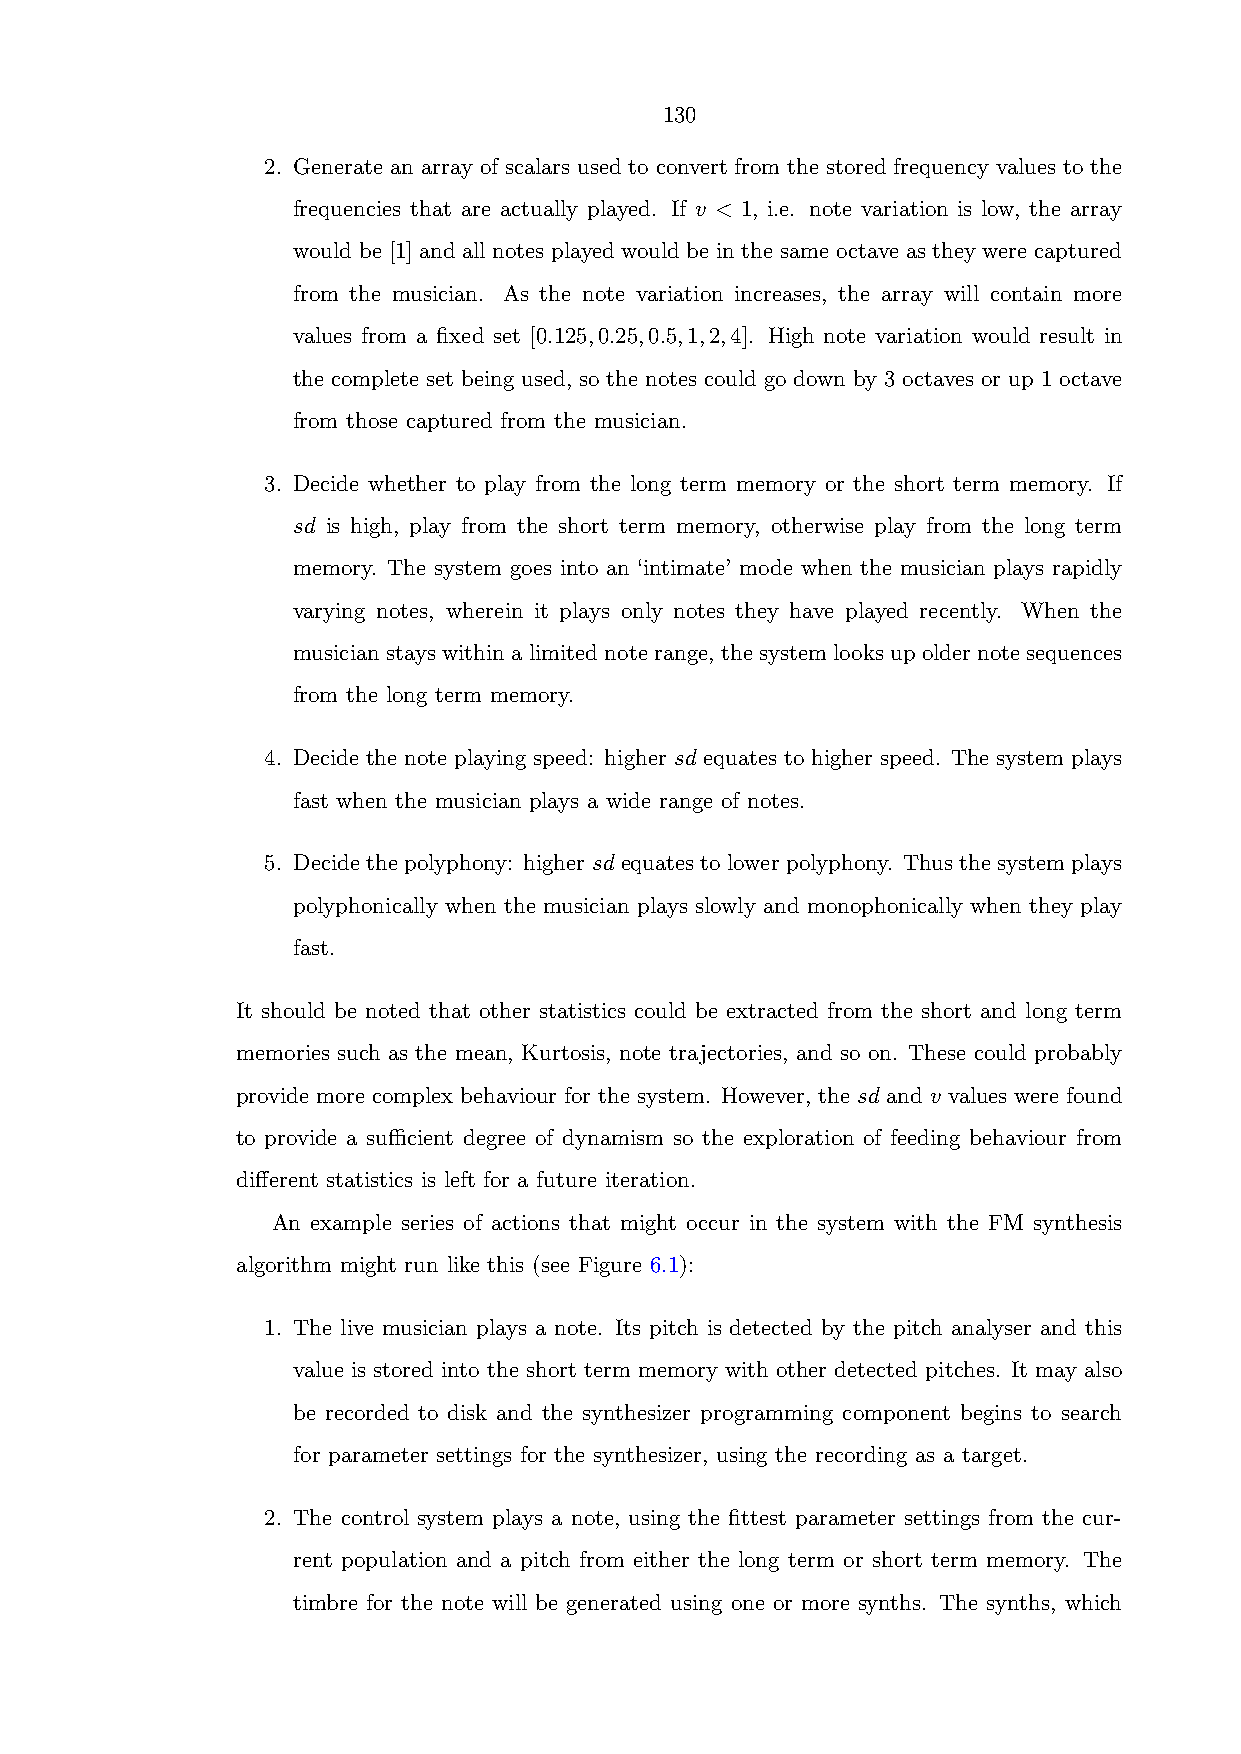
130
 2. Generate an array of scalars used to convert from the stored frequency values to the
 frequencies that are actually played. If v < 1, i.e. note variation is low, the array
 would be [1] and all notes played would be in the same octave as they were captured
 from the musician. As the note variation increases, the array will contain more
 values from a fixed set [0.125,0.25,0.5,1,2,4]. High note variation would result in
 the complete set being used, so the notes could go down by 3 octaves or up 1 octave
 from those captured from the musician.
 3. Decide whether to play from the long term memory or the short term memory. If
 sd is high, play from the short term memory, otherwise play from the long term
 memory. The system goes into an ‘intimate’ mode when the musician plays rapidly
 varying notes, wherein it plays only notes they have played recently. When the
 musician stays within a limited note range, the system looks up older note sequences
 from the long term memory.
 4. Decide the note playing speed: higher sd equates to higher speed. The system plays
 fast when the musician plays a wide range of notes.
 5. Decide the polyphony: higher sd equates to lower polyphony. Thus the system plays
 polyphonically when the musician plays slowly and monophonically when they play
 fast.
 It should be noted that other statistics could be extracted from the short and long term
 memories such as the mean, Kurtosis, note trajectories, and so on. These could probably
 provide more complex behaviour for the system. However, the sd and v values were found
 to provide a sufficient degree of dynamism so the exploration of feeding behaviour from
 different statistics is left for a future iteration.
 An example series of actions that might occur in the system with the FM synthesis
 algorithm might run like this (see Figure 6.1):
 1. The live musician plays a note. Its pitch is detected by the pitch analyser and this
 value is stored into the short term memory with other detected pitches. It may also
 be recorded to disk and the synthesizer programming component begins to search
 for parameter settings for the synthesizer, using the recording as a target.
 2. The control system plays a note, using the fittest parameter settings from the cur-
 rent population and a pitch from either the long term or short term memory. The
 timbre for the note will be generated using one or more synths. The synths, which